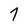
Character: 7